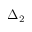
\Delta _ { 2 }